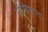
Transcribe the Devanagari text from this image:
सोमेश्वरा